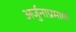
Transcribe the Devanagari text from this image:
अर्जुनाप्रमाणे